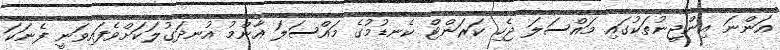
އަންނަ އިންޖީނުތަކުގައި މައްސަލަ ޖެހި ކަރަންޓް ކެނޑުމުގެ މައްސަލަ އާންމު އުނދަގުލަކަށްވެފައިވަނީ ފެނަކަ